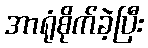
အာရုံစိုက်ခဲ့ပြီး